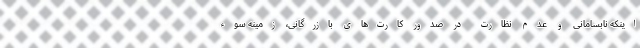
اینکه نابسامانی و عدم نظارت در صدور کارت‌های بازرگانی، زمینه سوء